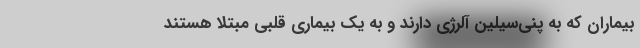
بیماران که به پنی‌سیلین آلرژی دارند و به یک بیماری قلبی مبتلا هستند